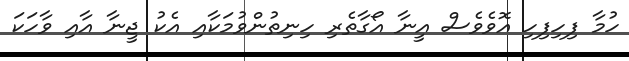
ހުމާ ފިހިފިހި އޮވެވެސް އީނާ އޯގާތެރި ހިނިތުންވުމަކާއި އެކު ޖީނާ އާއި ވާހަކަ